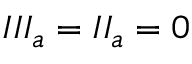
I I I _ { a } = I I _ { a } = 0